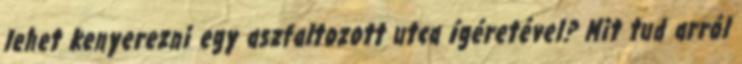
lehet kenyerezni egy aszfaltozott utca ígéretével? Mit tud arról